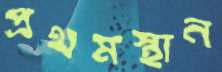
প্রথমস্থান